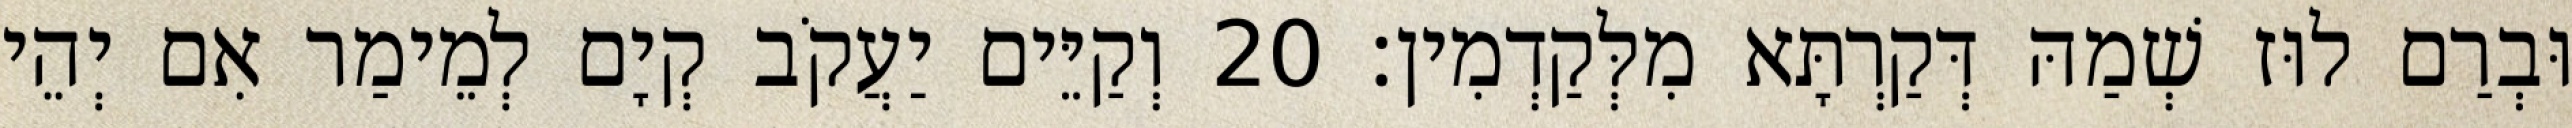
וּבְרַם לוּז שְׁמַהּ דְּקַרְתָּא מִלְּקַדְמִין׃ 20 וְקַיֵּים יַעֲקֹב קְיָם לְמֵימַר אִם יְהֵי